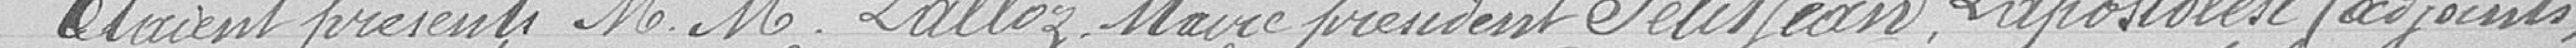
Etaient présents Messieurs LALLOZ Maire président PETITJEAN, LAPOSTOLET adjoints,